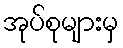
အုပ်စုများမှ